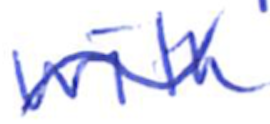
Text: with
Cross-out: wave
Writing tool: ballpoint